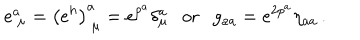
e _ { ~ \mu } ^ { a } = \left( e ^ { h } \right) _ { ~ \mu } ^ { a } = e ^ { p ^ { a } } \delta _ { \mu } ^ { a } \mathrm { o r } g _ { a a } = e ^ { 2 p ^ { a } } \eta _ { a a } \, .